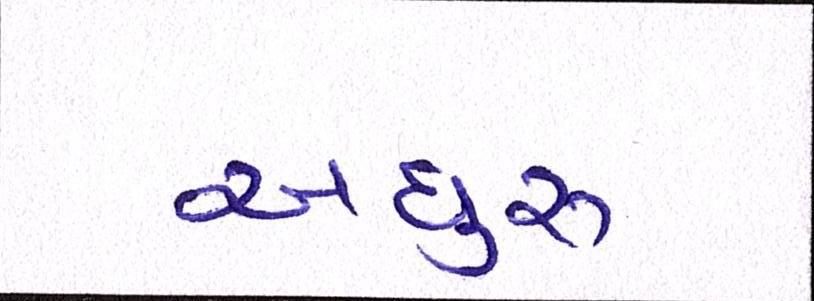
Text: અધુરુ